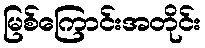
မြစ်ကြောင်းအတိုင်း